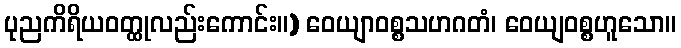
ပုညကိရိယဝတ္ထုလည်းကောင်း။) ဝေယျာဝစ္စသဟဂတံ၊ ဝေယျဝစ္စဟူသော။